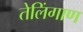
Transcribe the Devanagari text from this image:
तेलिंगाण